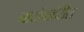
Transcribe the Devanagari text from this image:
नाटोबाहेरील